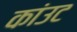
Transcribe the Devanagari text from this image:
कांउट